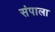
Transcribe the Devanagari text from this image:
संपाला